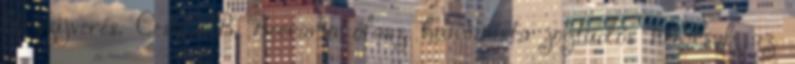
bőrszíjverés. Cesare B. Beccaria olasz humanista jogtudós nemcsak az